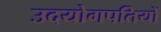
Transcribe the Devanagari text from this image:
उदयोगपतियों